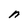
Character: n